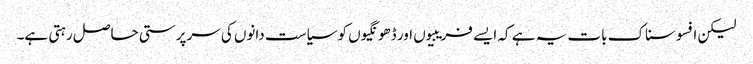
لیکن افسوسناک بات یہ ہے کہ ایسے فریبیوں اور ڈھونگیوں کو سیاست دانوں کی سرپرستی حاصل رہتی ہے۔